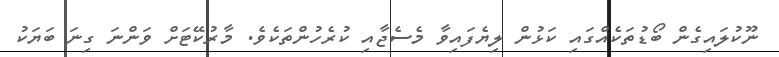
ނޫކުލައިގެން ބޯޑުތަކެއްގައި ކަޅުން ލިޔެފައިވާ މެސެޖާއި ކުރެހުންތަކެވެ. މާރުކޭޓަށް ވަންނަ ގިނަ ބަޔަކު